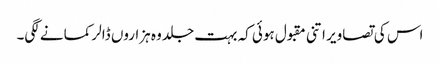
اس کی تصاویر اتنی مقبول ہوئی کہ بہت جلد وہ ہزاروں ڈالر کمانے لگی۔